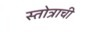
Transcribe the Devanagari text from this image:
स्तोत्राची